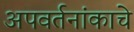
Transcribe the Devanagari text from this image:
अपवर्तनांकाचे